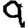
Digit: 9